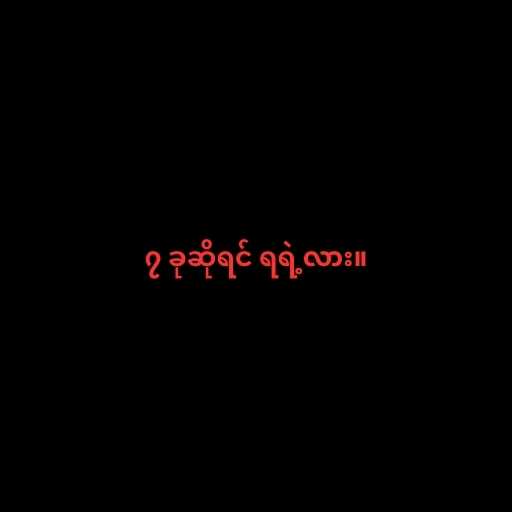
၇ ခုဆိုရင် ရရဲ့လား။